Civil Veterinary Dept. Assam report 1911-1927 - 1911-1927
Year: 1911
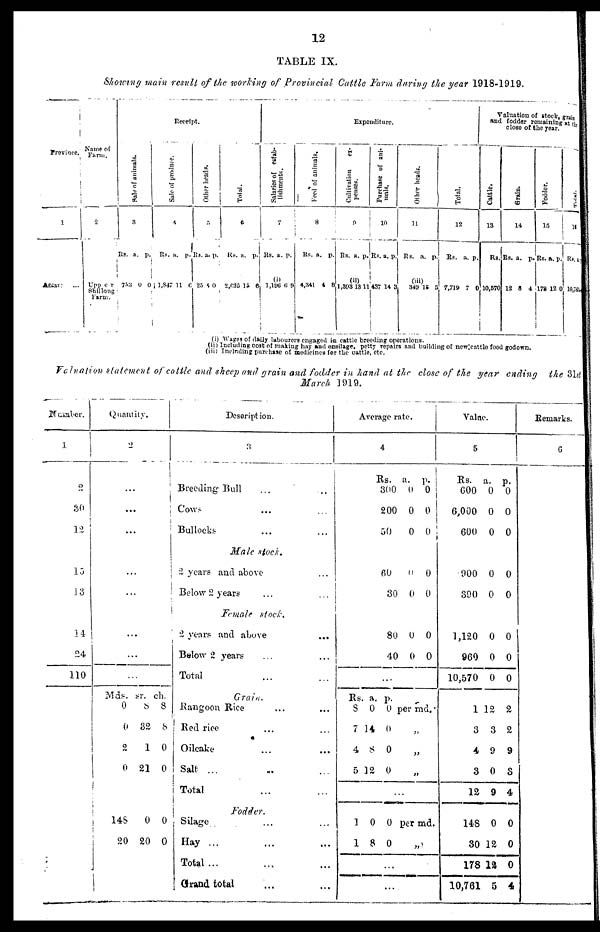
12
TABLE IX.
Showing main result of the working of Provincial Cattle Farm during the year 1918-1919.
Province
1
Assam ...
Name of
Farm.
2
Upp e r
Shillong
Farm.
Receipt.
Sale of animals.
3
Rs.
753
a.
0
p.
0
Sale of produce.
4
Rs.
1,847
a.
11
p.
6
Other heads.
5
Rs.
25
a.
4
p.
0
Total.
6
Rs.
2,625
a.
15
p.
6
Expenditure.
Salaries of estab-
lishments.
7
Rs.
(i)
1,196
a.
6
p.
9
Feed of animals.
8
Rs.
4,341
a.
4
p.
8
Cultivation ex-
penses.
9
Rs.
(ii)
1,393
a.
13
p.
11
Pur c ha s e of ani-
mals.
1
0
Rs.
437
a.
14
p.
8
Other heads.
11
Rs.
(iii)
349
a.
15
p.
5
Total.
12
Rs.
7,719
a.
7
p.
0
Valuation of stock, grain
and fodder remaining at the
close of the year.
Cattle.
13
Rs.
10,570
Grain.
14
Rs.
12
a.
8
p.
4
Fodder.
15
Rs.
178
a.
12
p.
0
Total
16
Rs. a .p
10,760
(i) Wages of daily labourers engaged in cattle breeding operations,
(ii) Including cost of making hay and ensilage, petty repairs and building of new cattle food godown.
(iii) Including purchase of medicines for the cattle, etc.
Valuation statement of cattle and sheep and grain and fodder in hand at the close of the year ending the 31st
March 1919.
Number.
1
2
30
12
15
13
14
24
110
Quantity.
2
...
...
...
...
...
...
...
...
Mds.
0
0
2
0
148
20
sr.
8
32
1
21
0
20
ch.
8
8
0
0
0
0
Description.
3
Breeding- Bull ... ...
Cows ... ...
Bullocks ... ...
Male stock.
2 years and above ...
Below 2 years
... ...
Female stock.
2 years and above
...
Below 2 years ... ...
Total ... ...
Grain.
Rangoon Rice ... ...
Red rice ... ...
Oilcake ... ...
Salt ... ... ...
Total ... ...
Fodder.
Silage ... ... ...
Hay ... ... ...
Total... ... ...
Grand total ... ...
Average rate.
4
Rs.
300
2
00
5
0
60
30
80
40
...
Rs.
8
7
4
5
a.
0
14
8
12
a.
0
0
0
0
0
0
0
p.
0
0
0
9
0
0
0
p.
0
0
0
0
per rod.
1
18
0
8
0
0
per md.
...
...
Value.
5
Rs.
600
6,000
600
900
390
1,120
960
10,570
1
3
4
3
12
148
30
178
10,761
a.
0
0
0
0
0
0
0
0
12
3
9
0
9
0
12
13
5
p.
0
0
0
0
0
0
0
0
2
2
9
3
4
0
0
0
4
Remarks.
6